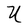
Character: U